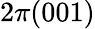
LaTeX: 2\pi(001)